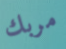
مربك